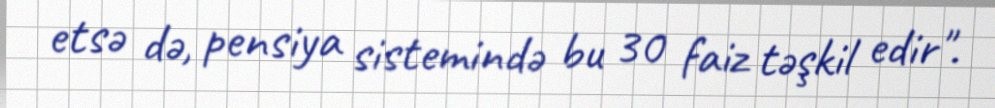
etsə də, pensiya sistemində bu 30 faiz təşkil edir".